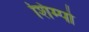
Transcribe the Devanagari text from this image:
शिम्पो